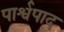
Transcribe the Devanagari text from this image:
पार्श्वपाद